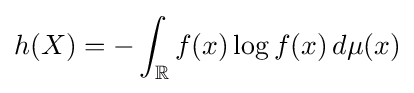
h(X)=-\int _{\mathbb {R} }f(x)\log f(x)\,d\mu (x)